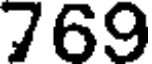
769